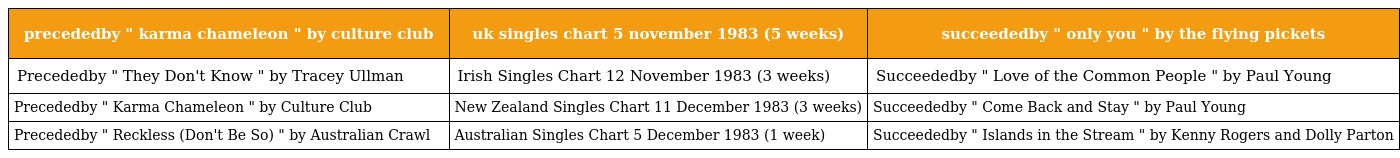
| precededby " karma chameleon " by culture club | uk singles chart 5 november 1983 (5 weeks) | succeededby " only you " by the flying pickets |
 | --- | --- | --- |
 | Precededby " They Don't Know " by Tracey Ullman | Irish Singles Chart 12 November 1983 (3 weeks) | Succeededby " Love of the Common People " by Paul Young |
 | Precededby " Karma Chameleon " by Culture Club | New Zealand Singles Chart 11 December 1983 (3 weeks) | Succeededby " Come Back and Stay " by Paul Young |
 | Precededby " Reckless (Don't Be So) " by Australian Crawl | Australian Singles Chart 5 December 1983 (1 week) | Succeededby " Islands in the Stream " by Kenny Rogers and Dolly Parton |